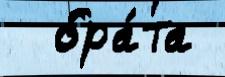
  бра́та